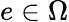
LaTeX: e\in\Omega